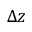
\Delta z